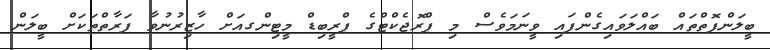
ބީލަންފޮތްތައް ބައްލަވައިގެންފައި ވީނަމަވެސް މި ޕްރޮޖެކްޓްގެ ޕްރީބިޑް މީޓިންގއަށް ހާޒިރުނުވާ ފަރާތްތަކަށް ބީލަން